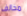
مخالف